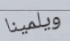
ويلمينا